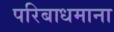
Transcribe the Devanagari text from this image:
परिबाधमाना